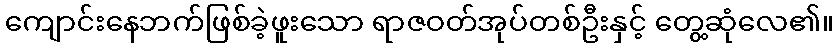
ကျောင်းနေဘက်ဖြစ်ခဲ့ဖူးသော ရာဇဝတ်အုပ်တစ်ဦးနှင့် တွေ့ဆုံလေ၏။